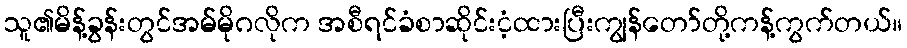
သူ၏မိန့်ခွန်းတွင်အမ်မိုဂလိုက အစီရင်ခံစာဆိုင်းငံ့ထားပြီးကျွန်တော်တို့ကန့်ကွက်တယ်။